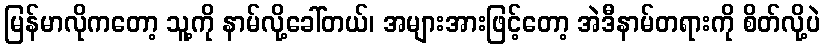
မြန်မာလိုကတော့ သူ့ကို နာမ်လို့ခေါ်တယ်၊ အများအားဖြင့်တော့ အဲဒီနာမ်တရားကို စိတ်လို့ပဲ